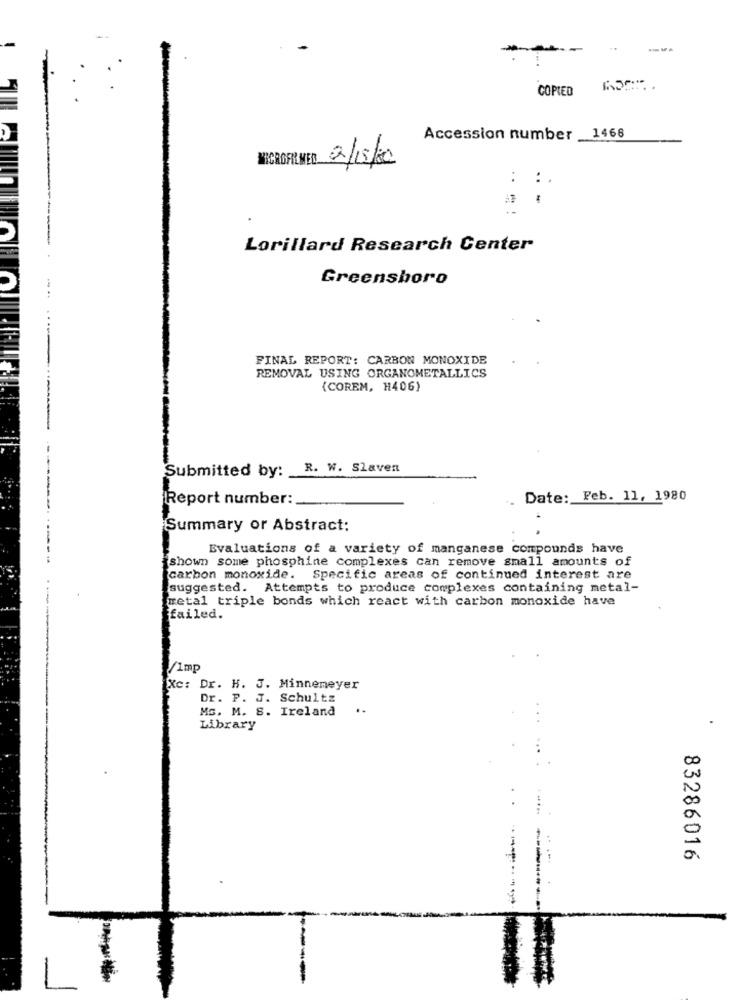
COPIED
Accession number
1468
NECROFILMED 2/15/20
..
:.
Lorillard Research Center
Greensboro
FINAL REPORT: CARBON MONOXIDE
REMOVAL USING ORGANOMETALLICS
(COREM, H406)
R. W. Slaven
Submitted by:
Report number:
Date: Feb. 11, 1980
Summary or Abstract:
Evaluations of a variety of manganese compounds have
shown some phosphine complexes can remove small amounts of
carbon monoxide. Specific areas of continued interest are
suggested. Attempts to produce complexes containing metal-
metal triple bonds which react with carbon monoxide have
failed.
1/1mp
Xc: Dr. H. J. Minnemeyer
Dr. P. J. Schultz
MG. M. S. Ireland
..
Library
...
83286016
---